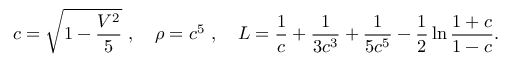
\displaystyle c = \sqrt { 1 - \frac { V ^ { 2 } } { 5 } } \ , \quad \rho = c ^ { 5 } \ , \quad L = \frac { 1 } { c } + \frac { 1 } { 3 c ^ { 3 } } + \frac { 1 } { 5 c ^ { 5 } } - \frac { 1 } { 2 } \ln \frac { 1 + c } { 1 - c } .